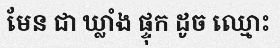
មែន ជា ឃ្លាំង ផ្ទុក ដូច ឈ្មោះ